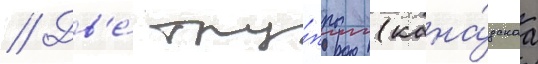
// Дв'е́ тру́ппы (кана́дскаа